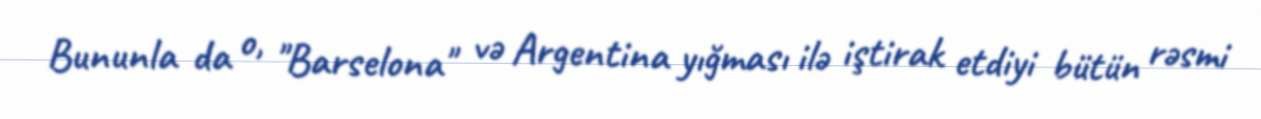
Bununla da o, "Barselona" və Argentina yığması ilə iştirak etdiyi bütün rəsmi